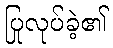
ပြုလုပ်ခဲ့၏